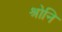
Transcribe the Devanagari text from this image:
श्रोनि